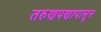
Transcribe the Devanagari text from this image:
तरुणपणापासून